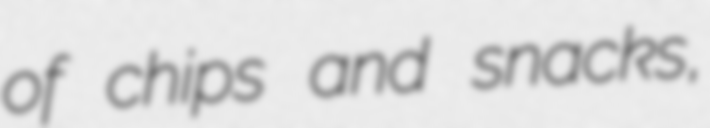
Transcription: of chips and snacks,